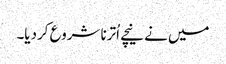
میں نے نیچے اُترنا شروع کردیا۔